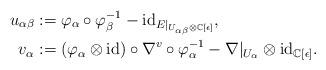
LaTeX: \begin{align*} u_{\alpha\beta} &:= \varphi_{\alpha}\circ\varphi_{\beta}^{-1}-\mathrm{id}_{E|_{U_{\alpha\beta}\otimes\mathbb{C}[\epsilon]}}, \\ v_{\alpha} &:= (\varphi_{\alpha}\otimes\mathrm{id})\circ\nabla^v\circ\varphi_{\alpha}^{-1} -\nabla|_{U_{\alpha}}\otimes\mathrm{id}_{\mathbb{C}[\epsilon]}.\end{align*}